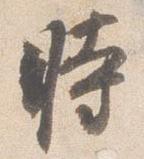
時